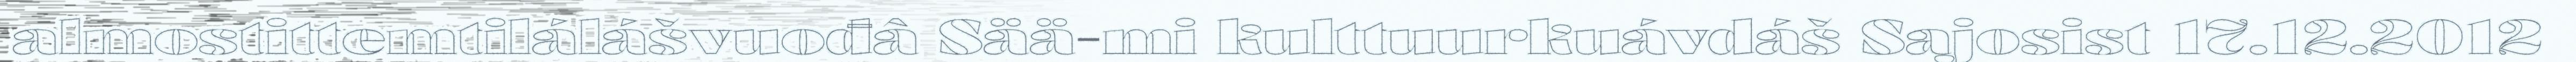
almostittemtilálášvuođâ Sää-mi kulttuurkuávdáš Sajosist 17.12.2012